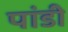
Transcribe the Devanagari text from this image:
पांडी